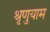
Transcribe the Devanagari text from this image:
श्रृणुयाम